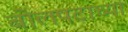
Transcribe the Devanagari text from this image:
बोलपटाच्या